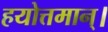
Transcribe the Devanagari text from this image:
हयोत्तमान्।